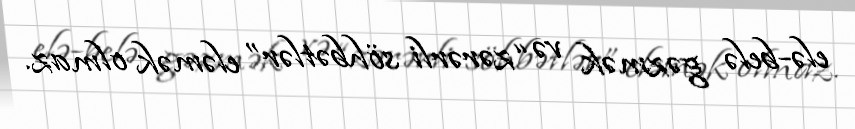
elə-belə gəzmək və “zərərli söhbətlər” eləmək olmaz.